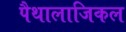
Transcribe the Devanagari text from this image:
पैथालाजिकल